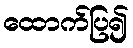
ထောက်ပြ၍